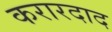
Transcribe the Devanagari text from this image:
करारदाद